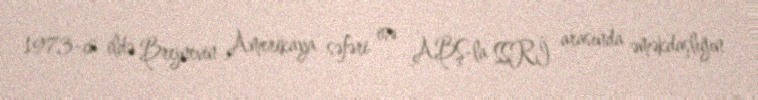
1973-cü ildə Brejnevin Amerikaya səfəri isə ABŞ-la SSRİ arasında əməkdaşlığın